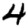
Digit: 4